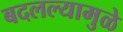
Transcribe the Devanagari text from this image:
बदलल्यामुळे